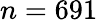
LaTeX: n=691